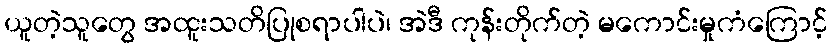
ယူတဲ့သူတွေ အထူးသတိပြုစရာပါပဲ၊ အဲဒီ ကုန်းတိုက်တဲ့ မကောင်းမှုကံကြောင့်